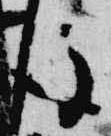
後